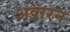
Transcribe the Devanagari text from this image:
अवारन